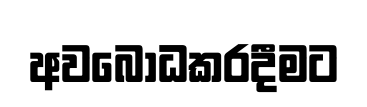
අවබෝධකරදීමට